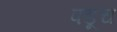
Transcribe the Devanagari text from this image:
पडूच